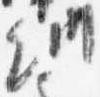
納